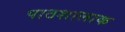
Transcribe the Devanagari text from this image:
पाठशालाक